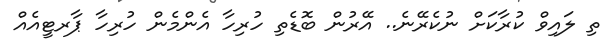
ތި ލައިވް ކުރާކަށް ނުކެރޭނެ.. އޭރުން ބޮޑެތި ހުރިހާ އެންމެން ހުރިހާ ޕާރޓީއެއް